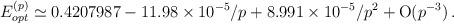
LaTeX: \begin{align*}E_{opt}^{(p)}\simeq 0.4207987 -11.98\times 10^{-5}/p +8.991\times 10^{-5}/p^{2} + {\rm O}(p^{-3}) \,.\end{align*}